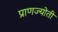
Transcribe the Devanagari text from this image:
प्राणज्योती